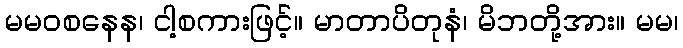
မမဝစနေန၊ ငါ့စကားဖြင့်။ မာတာပိတုနံ၊ မိဘတို့အား။ မမ၊